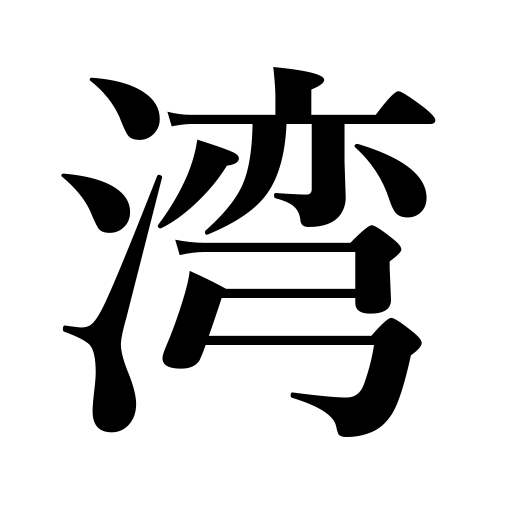
Meanings: gulf,bay,inlet